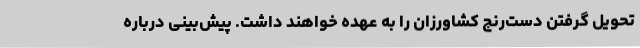
تحویل گرفتن دست‌رنج کشاورزان را به عهده خواهند داشت. پیش‌بینی درباره